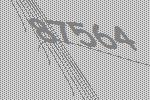
87564